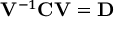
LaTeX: \mathbf { V } ^ { - 1 } \mathbf { C } \mathbf { V } = \mathbf { D }